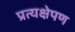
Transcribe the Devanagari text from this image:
प्रत्यक्षेपण